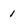
Character: 1